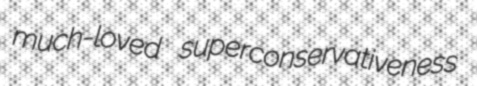
much-loved superconservativeness